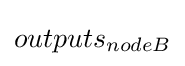
outputs_{nodeB}